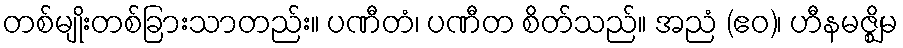
တစ်မျိုးတစ်ခြားသာတည်း။ ပဏီတံ၊ ပဏီတ စိတ်သည်။ အညံ (ဧဝ)၊ ဟီနမဇ္ဈိမ